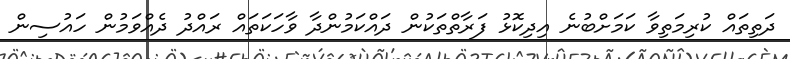
ދަތިތައް ކުރިމަތިވާ ކަމަށްބުނެ އިދިކޮޅު ފަރާތްތަކުން ދައްކަމުންދާ ވާހަކަތައް ރައްދު ދެއްވަމުން ހައުސިން